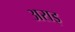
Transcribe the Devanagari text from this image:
अराइ